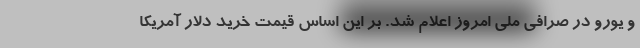
و یورو در صرافی ملی امروز اعلام شد. بر این اساس قیمت خرید دلار آمریکا